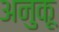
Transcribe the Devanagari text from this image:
अनुकू